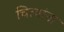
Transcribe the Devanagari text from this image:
चित्यांना